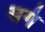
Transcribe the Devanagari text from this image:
सगं